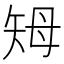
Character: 𥎳